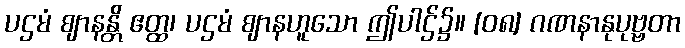
ပဌမံ ဈာနန္တိ ဧတ္ထ၊ ပဌမံ ဈာနဟူသော ဤပါဌ်၌။ [၀၈] ဂဏနာနုပုဗ္ဗတာ